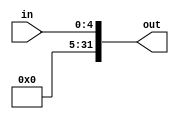
module signExtender(out,in);

input [4:0] in;
output [31:0] out;

		
		buf se0(out[0],in[0]),
			 se1(out[1],in[1]),
			 se2(out[2],in[2]),
			 se3(out[3],in[3]),
			 se4(out[4],in[4]),
			 se5(out[5],1'b0),
			 se6(out[6],1'b0),
			 se7(out[7],1'b0),
			 se8(out[8],1'b0),
			 se9(out[9],1'b0),
			 se10(out[10],1'b0),
			 se11(out[11],1'b0),
			 se12(out[12],1'b0),
			 se13(out[13],1'b0),
			 se14(out[14],1'b0),			 
			 se15(out[15],1'b0),
			 se16(out[16],1'b0),
			 se17(out[17],1'b0),
			 se18(out[18],1'b0),
			 se19(out[19],1'b0),
			 se20(out[20],1'b0),
			 se21(out[21],1'b0),
			 se22(out[22],1'b0),
			 se23(out[23],1'b0),
			 se24(out[24],1'b0),
			 se25(out[25],1'b0),
			 se26(out[26],1'b0),
			 se27(out[27],1'b0),
			 se28(out[28],1'b0),
			 se29(out[29],1'b0),
			 se30(out[30],1'b0),
			 se31(out[31],1'b0);


endmodule